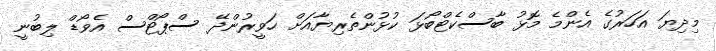
މިދިޔަ އަހަރުގެ އެންމެ މޮޅު ބާސްކެޓްބޯޅަ ކުޅުންތެރިޔާއަށް ހަވީރުންދޭ ސްޕޯޓްސް އެވޯޑް ލިބުނީ